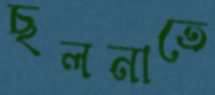
ছলনাতে